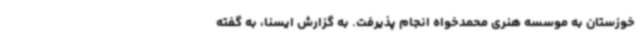
خوزستان به موسسه هنری محمدخواه انجام پذیرفت. به گزارش ایسنا، به گفته